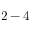
2 - 4